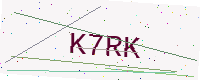
Text: K7RK